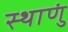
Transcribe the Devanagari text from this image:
स्थाणुं